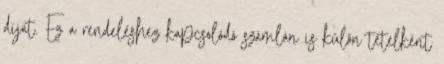
díjat. Ez a rendeléshez kapcsolódó számlán is külön tételként